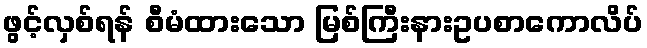
ဖွင့်လှစ်ရန် စီမံထားသော မြစ်ကြီးနားဥပစာကောလိပ်